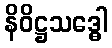
နိဝိဋ္ဌသဒ္ဓေါ